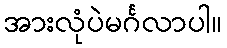
အားလုံပဲမင်္ဂလာပါ။